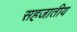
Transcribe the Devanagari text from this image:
सहजातीय